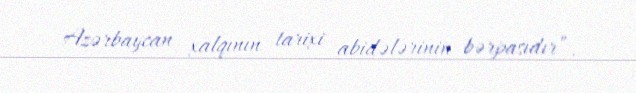
Azərbaycan xalqının tarixi abidələrinin bərpasıdır”.